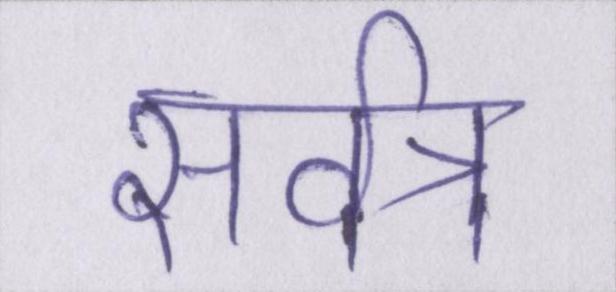
सर्वत्र